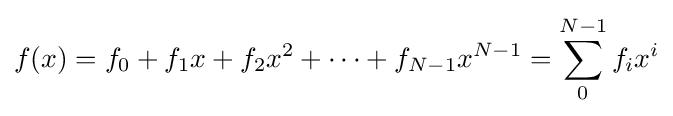
f(x)=f_{0}+f_{1}x+f_{2}x^{2}+\cdots +f_{N-1}x^{N-1}=\sum _{0}^{N-1}f_{i}x^{i}